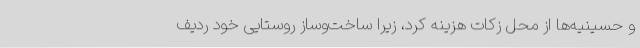
و حسینیه‌ها از محل زکات هزینه کرد، زیرا ساخت‌وساز روستایی خود ردیف